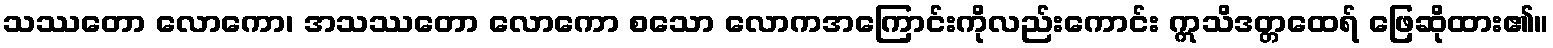
သဿတော လောကော၊ အသဿတော လောကော စသော လောကအကြောင်းကိုလည်းကောင်း ဣသိဒတ္တထေရ် ဖြေဆိုထား၏။